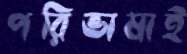
পরিভাষাই